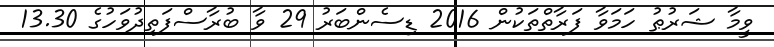
ވީމާ ޝަރުޠު ހަމަވާ ފަރާތްތަކުން 2016 ޑިސެންބަރު 29 ވާ ބުރާސްފަތިދުވަހުގެ 13.30